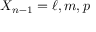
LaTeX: X _ { n - 1 } = \ell , m , p